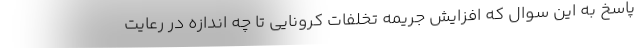
پاسخ به این سوال که افزایش جریمه تخلفات کرونایی تا چه اندازه در رعایت